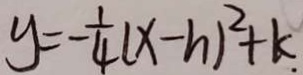
y = - \frac { 1 } { 4 } ( x - h ) ^ { 2 } + k .